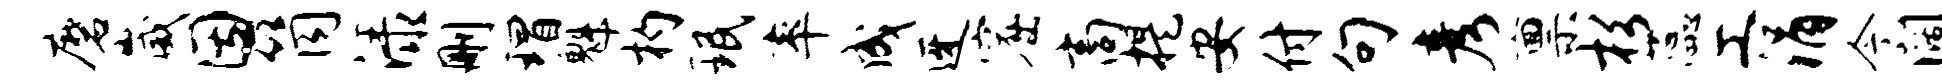
磨崴因筒渌删瑁魁杓珉率成迓窟商提安付句彦禀杉蕊工涓今阔